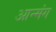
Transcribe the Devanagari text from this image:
आन्मंग